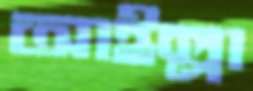
আইল্লা